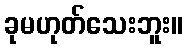
ခုမဟုတ်သေးဘူး။